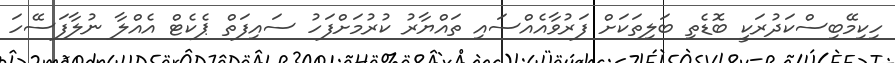
ހިކިމޭބިސްކަދުރަކީ ބޮޑެތި ބަލިތަކަށް ފަރުވާއެއްސައި ތައްޔާރު ކުރުމަށްފަހު ސައިފަތް ޕެކެޓް އެއްލާ ނުލާފަސޭހަ